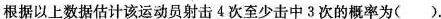
根据以上数据估计该运动员射击4次至少击中3次的概率为( ).